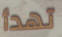
تهدأ